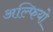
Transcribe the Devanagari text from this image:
अल्फियो